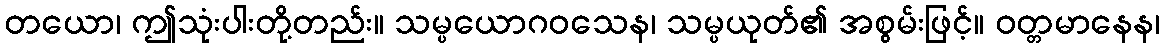
တယော၊ ဤသုံးပါးတို့တည်း။ သမ္ပယောဂဝသေန၊ သမ္ပယုတ်၏ အစွမ်းဖြင့်။ ဝတ္တမာနေန၊